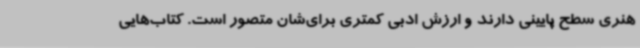
هنری سطح پایینی دارند و ارزش ادبی کمتری‌ برای‌شان متصور است. کتاب‌هایی